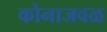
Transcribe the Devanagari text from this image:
कोनाजवळ